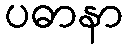
ပဓာနာ